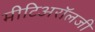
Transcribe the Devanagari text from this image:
मीटिअरॉलजी